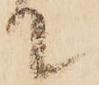
て